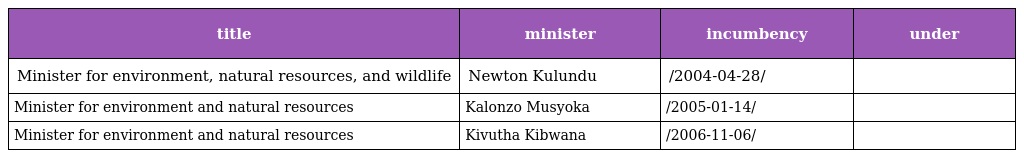
| title | minister | incumbency | under |
 | --- | --- | --- | --- |
 | Minister for environment, natural resources, and wildlife | Newton Kulundu | /2004-04-28/ |  |
 | Minister for environment and natural resources | Kalonzo Musyoka | /2005-01-14/ |  |
 | Minister for environment and natural resources | Kivutha Kibwana | /2006-11-06/ |  |